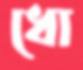
ধো